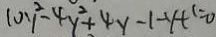
1 0 y ^ { 2 } - 4 y ^ { 2 } + 4 y - 1 - y + 1 = 0